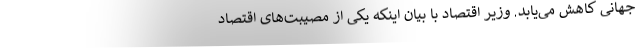
جهانی کاهش می‌یابد. وزیر اقتصاد با بیان اینکه یکی از مصیبت‌های اقتصاد